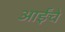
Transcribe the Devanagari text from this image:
आईंचे